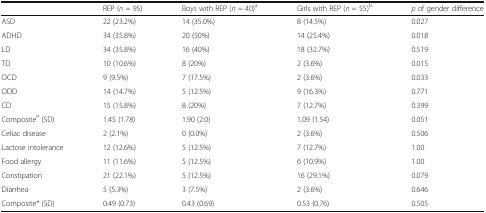
<table><thead><tr><td></td><td><b>REP (<i>n</i> = 95)</b></td><td><b>Boys with REP (<i>n</i> = 40)<sup>a</sup></b></td><td><b>Girls with REP (<i>n</i> = 55)<sup>b</sup></b></td><td><b><i>p</i> of gender difference</b></td></tr></thead><tbody><tr><td>ASD</td><td>22 (23.2%)</td><td>14 (35.0%)</td><td>8 (14.5%)</td><td>0.027</td></tr><tr><td>ADHD</td><td>34 (35.8%)</td><td>20 (50%)</td><td>14 (25.4%)</td><td>0.018</td></tr><tr><td>LD</td><td>34 (35.8%)</td><td>16 (40%)</td><td>18 (32.7%)</td><td>0.519</td></tr><tr><td>TD</td><td>10 (10.6%)</td><td>8 (20%)</td><td>2 (3.6%)</td><td>0.015</td></tr><tr><td>OCD</td><td>9 (9.5%)</td><td>7 (17.5%)</td><td>2 (3.6%)</td><td>0.033</td></tr><tr><td>ODD</td><td>14 (14.7%)</td><td>5 (12.5%)</td><td>9 (16.3%)</td><td>0.771</td></tr><tr><td>CD</td><td>15 (15.8%)</td><td>8 (20%)</td><td>7 (12.7%)</td><td>0.399</td></tr><tr><td>Composite<sup>¤</sup> (SD)</td><td>1.45 (1.78)</td><td>1.90 (2.0)</td><td>1.09 (1.54)</td><td>0.051</td></tr><tr><td>Celiac disease</td><td>2 (2.1%)</td><td>0 (0.0%)</td><td>2 (3.6%)</td><td>0.506</td></tr><tr><td>Lactose intolerance</td><td>12 (12.6%)</td><td>5 (12.5%)</td><td>7 (12.7%)</td><td>1.00</td></tr><tr><td>Food allergy</td><td>11 (11.6%)</td><td>5 (12.5%)</td><td>6 (10.9%)</td><td>1.00</td></tr><tr><td>Constipation</td><td>21 (22.1%)</td><td>5 (12.5%)</td><td>16 (29.1%)</td><td>0.079</td></tr><tr><td>Diarrhea</td><td>5 (5.3%)</td><td>3 (7.5%)</td><td>2 (3.6%)</td><td>0.646</td></tr><tr><td>Composite* (SD)</td><td>0.49 (0.73)</td><td>0.43 (0.69)</td><td>0.53 (0.76)</td><td>0.505</td></tr></tbody></table>